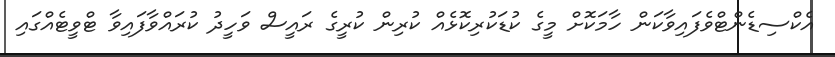
އެކްސިޑެންޓްވެފައިވާކަން ހާމަކޮށް މީގެ ކުޑަކުރިކޮޅެއް ކުރިން ކުރީގެ ރައީސް ވަހީދު ކުރައްވާފައިވާ ޓްވީޓެއްގައި